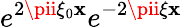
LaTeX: e^{2\pii\xi_{0}\mathbf{x}}e^{-2\pii\xi\mathbf{x}}